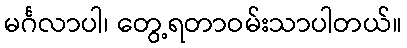
မင်္ဂလာပါ၊ တွေ့ရတာဝမ်းသာပါတယ်။